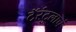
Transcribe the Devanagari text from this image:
टॅरंटुलाचं